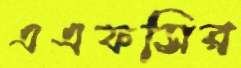
এএফসির